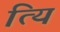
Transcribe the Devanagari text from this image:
त्यि